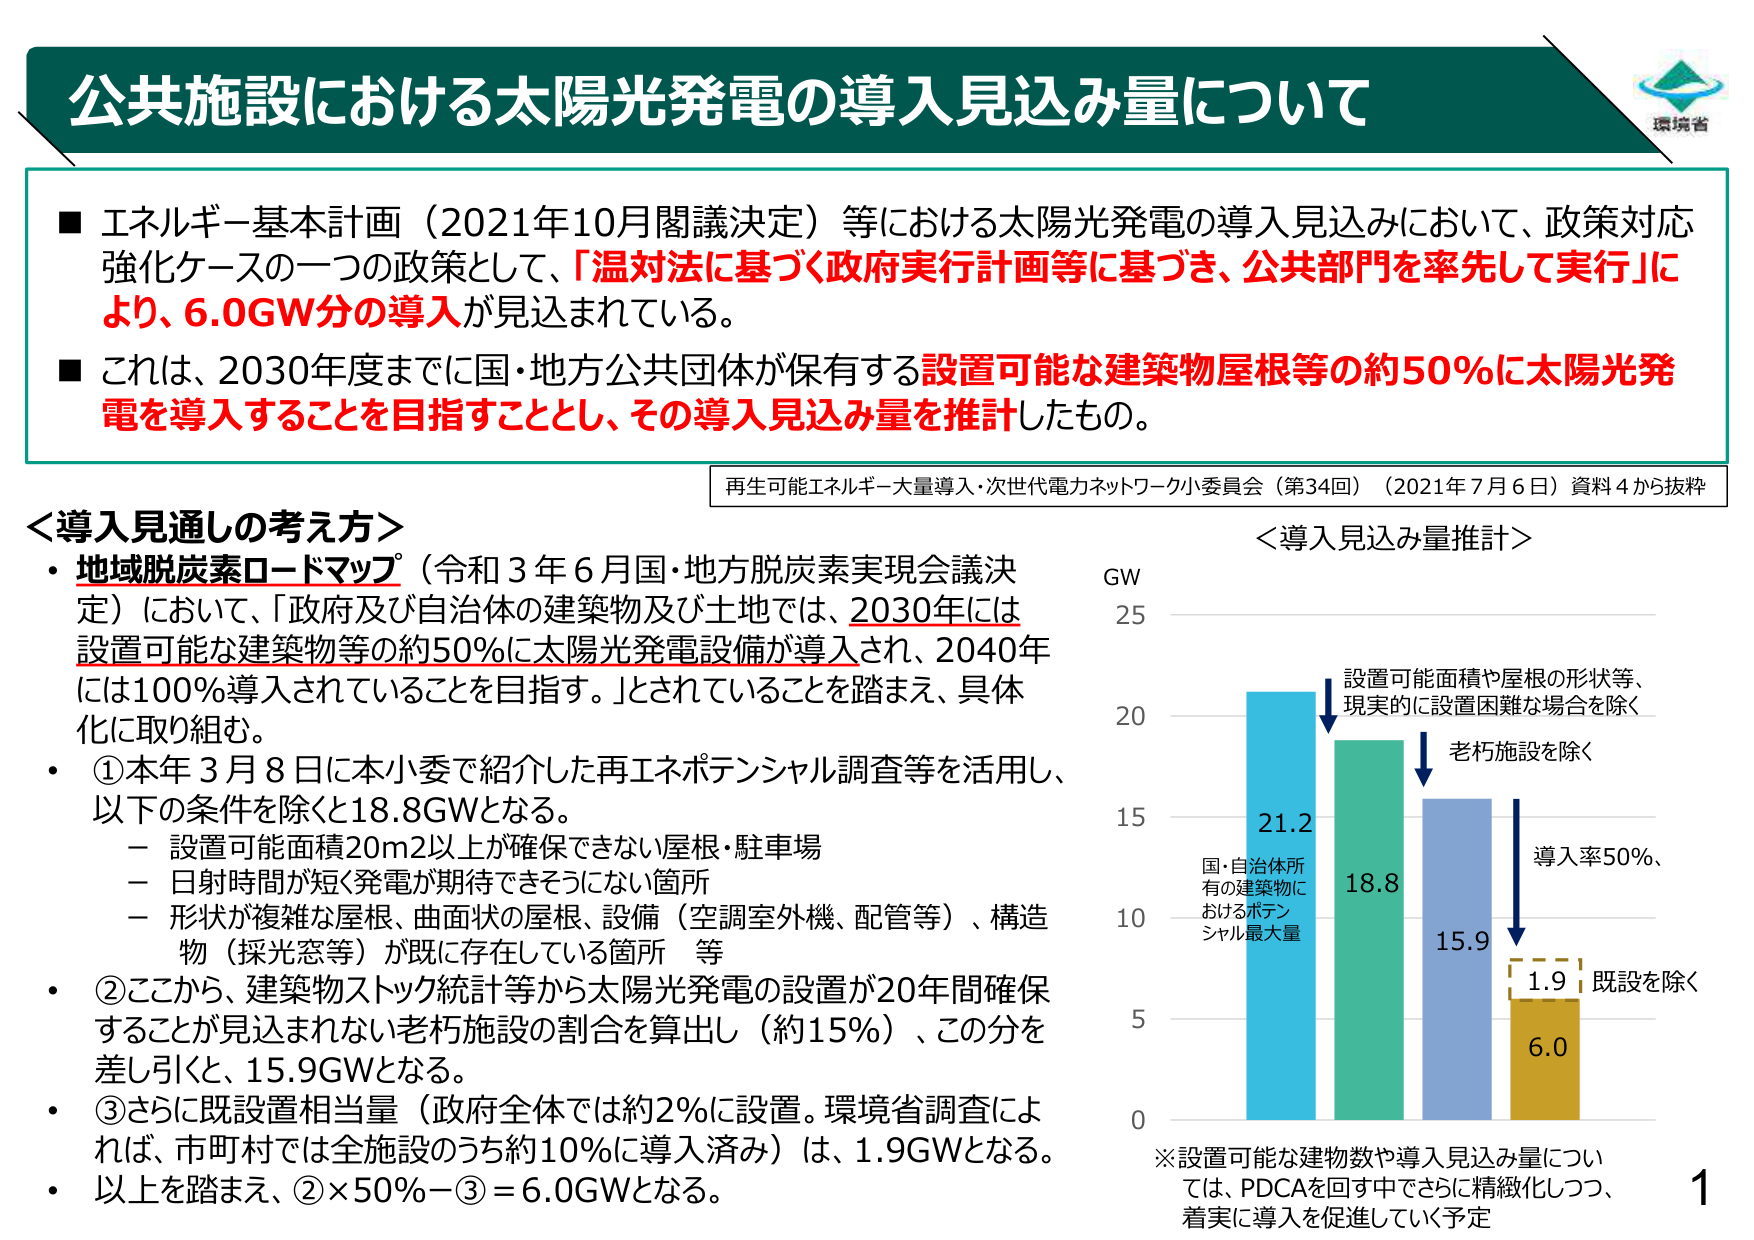
公共施設における太陽光発電の導入見込み量について

■ エネルギー基本計画（2021年10月閣議決定）等における太陽光発電の導入見込みにおいて、政策対応強化ケースの一つの政策として、「温対法に基づく政府実行計画等に基づき、公共部門を率先して実行」により、6.0GW分の導入が見込まれている。

■ これは、2030年度までに国・地方公共団体が保有する設置可能な建築物屋根等の約50％に太陽光発電を導入することを目指すこととし、その導入見込み量を推計したもの。

再生可能エネルギー大量導入・次世代電力ネットワーク小委員会（第34回）（2021年7月6日）資料4から抜粋

＜導入見通しの考え方＞
・ 地域脱炭素ロードマップ（令和3年6月国・地方脱炭素実現会議決定）において、「政府及び自治体の建築物及び土地では、2030年には設置可能な建築物等の約50％に太陽光発電設備が導入され、2040年には100％導入されていることを目指す。」とされていることを踏まえ、具体化に取り組む。
・ ①本年3月8日に本小委で紹介した再エネポテンシャル調査等を活用し、以下の条件を除くと18.8GWとなる。
　－ 設置可能面積20m2以上が確保できない屋根・駐車場
　－ 日射時間が短く発電が期待できそうにない箇所
　－ 形状が複雑な屋根、曲面状の屋根、設備（空調室外機、配管等）、構造物（採光窓等）が既に存在している箇所　等
・ ②ここから、建築物ストック統計等から太陽光発電の設置が20年間確保することが見込まれない老朽施設の割合を算出し（約15％）、この分を差し引くと、15.9GWとなる。
・ ③さらに既設置相当量（政府全体では約2％に設置。環境省調査によれば、市町村では全施設のうち約10％に導入済み）は、1.9GWとなる。
・ 以上を踏まえ、②×50％－③＝6.0GWとなる。

＜導入見込み量推計＞
GW
25
20
15
10
5
0

21.2
国・自治体所有の建築物におけるポテンシャル最大量

18.8
設置可能面積や屋根の形状等、現実的に設置困難な場合を除く

15.9
老朽施設を除く

1.9
既設を除く

6.0
導入率50％、

※設置可能な建物数や導入見込み量については、PDCAを回す中でさらに精緻化しつつ、着実に導入を促進していく予定

環境省

1